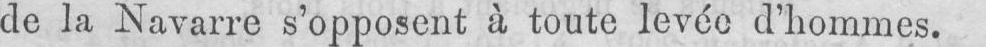
de la Navarre s’opposent à toute levée d’hommes.